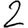
Digit: 2